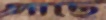
গাছে